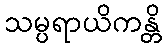
သမ္ပရာယိကန္တိ